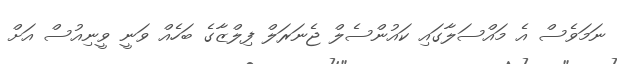
ނަމަވެސް އެ މައްސަލާގައި ކައުންސެލް ޖެނަރަލް ފިލްޒާގެ ބަހެއް ވަނީ ވީނިއުސް އަށް